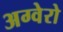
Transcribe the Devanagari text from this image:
अग्वेरो